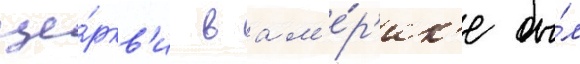
це́ркв'и в ам'е́р'ик'е бы́л